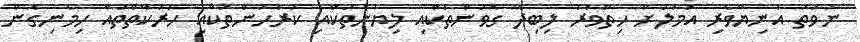
ނުވަތަ އަނިޔާވެރި އަމަލަށް ހިތްވަރު ލިބިދޭ ގޮވުންތަކާއި ލިޔުންތަކާއި ކުރެހުންތަކާއި ހަރަކާތްތައް ހިމެނިގެން